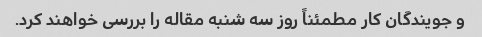
و جویندگان کار مطمئناً روز سه شنبه مقاله را بررسی خواهند کرد.